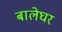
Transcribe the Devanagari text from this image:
बालेघर